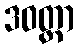
ဒဝတ္ထာ